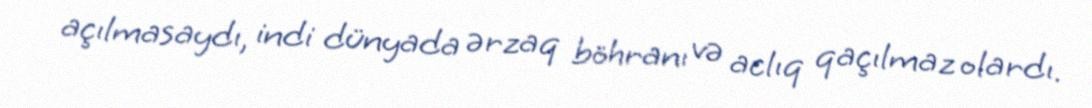
açılmasaydı, indi dünyada ərzaq böhranı və aclıq qaçılmaz olardı.